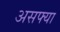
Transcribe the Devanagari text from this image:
असफ्या